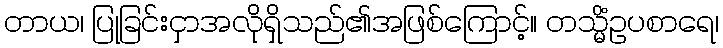
တာယ၊ ပြုခြင်းငှာအလိုရှိသည်၏အဖြစ်ကြောင့်။ တသ္မိံဥပစာရေ၊